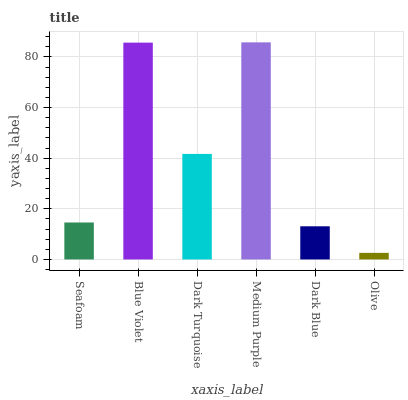
| xaxis_label | bars |
 | --- | --- |
 | Seafoam | 14.6 |
 | Blue Violet | 85.7 |
 | Dark Turquoise | 41.7 |
 | Medium Purple | 85.8 |
 | Dark Blue | 13.1 |
 | Olive | 2.61 |